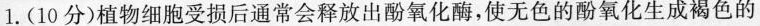
1. (10分)植物细胞受损后通常会释放出酚氧化酶，使无色的酚氧化生成褐色的